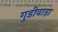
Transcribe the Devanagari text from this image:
गुडीवाड़ा